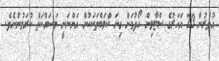
އުމުރުން 23 އަހަރުގެ ސްޓާލިން ހޯދުމަށް ގިނަ ކްލަބްތަކަކުން އަންނަނީ މަސައްކަތް ކުރަމުންނެވެ.